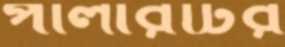
পার্লারটির